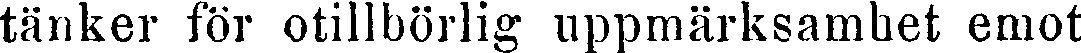
tänker för otillbörlig uppmärksamhet emot